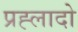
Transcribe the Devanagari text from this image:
प्रह्लादो